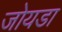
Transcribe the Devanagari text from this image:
जोयडा